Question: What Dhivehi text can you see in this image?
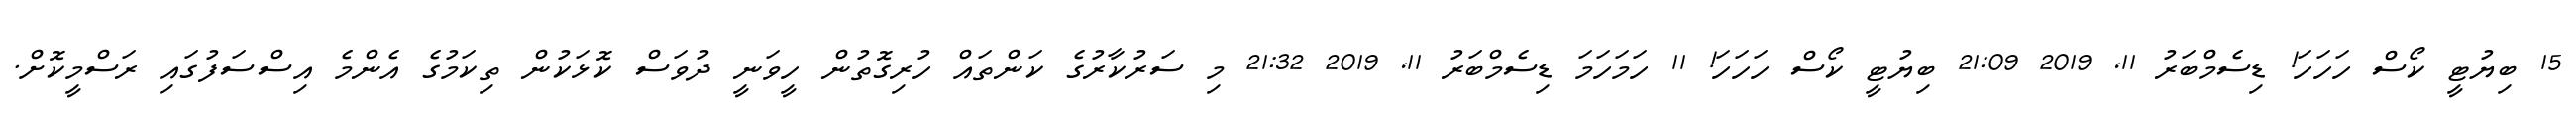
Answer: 15 ބިޔުޓީ ކޯސް ހަހަހަ! ޑިސެމްބަރު 11, 2019 21:09 ބިޔުޓީ ކޯސް ހަހަހަ! 11 ހަމަހަމަ ޑިސެމްބަރު 11, 2019 21:32 މި ސަރުކާރުގެ ކަންތައް ހުރިގޮތުން ހީވަނީ ދުވަސް ކޮޅަކުން ތިކަމުގެ އެންމެ އިސްސަފުގައި ރަސްމީކޮށް.